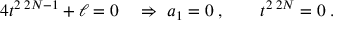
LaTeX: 4 t ^ { 2 \; 2 N - 1 } + \ell = 0 \quad \Rightarrow \ a _ { 1 } = 0 \; , \qquad t ^ { 2 \; 2 N } = 0 \; .